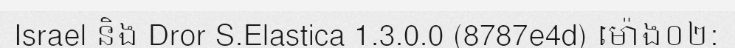
Israel និង Dror S.Elastica 1.3.0.0 (8787e4d) ម៉ោង០២: